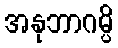
အနုဘာဂမ္ပိ